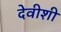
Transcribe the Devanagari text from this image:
देवीशी